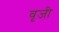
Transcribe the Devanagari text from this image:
वृजी